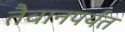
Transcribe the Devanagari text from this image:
तैवानपर्यंत